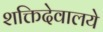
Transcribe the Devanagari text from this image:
शक्तिदेवालये